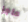
عاجز